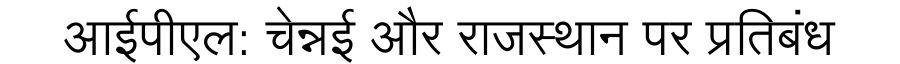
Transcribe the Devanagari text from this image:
आईपीएल: चेन्नई और राजस्थान पर प्रतिबंध